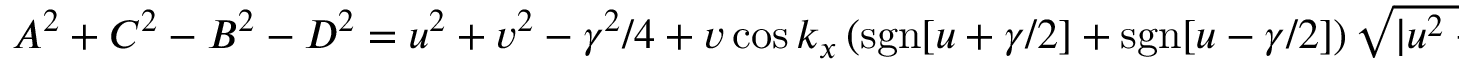
\begin{array} { r } { A ^ { 2 } + C ^ { 2 } - B ^ { 2 } - D ^ { 2 } = u ^ { 2 } + v ^ { 2 } - \gamma ^ { 2 } / 4 + v \cos k _ { x } \left( \mathrm { s g n } [ u + \gamma / 2 ] + \mathrm { s g n } [ u - \gamma / 2 ] \right) \sqrt { | u ^ { 2 } - \gamma ^ { 2 } / 4 | } \geqslant 0 . } \end{array}